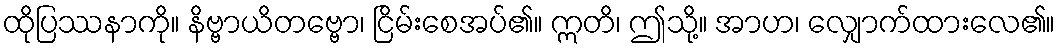
ထိုပြဿနာကို။ နိဗ္ဗာယိတဗ္ဗော၊ ငြိမ်းစေအပ်၏။ ဣတိ၊ ဤသို့။ အာဟ၊ လျှောက်ထားလေ၏။